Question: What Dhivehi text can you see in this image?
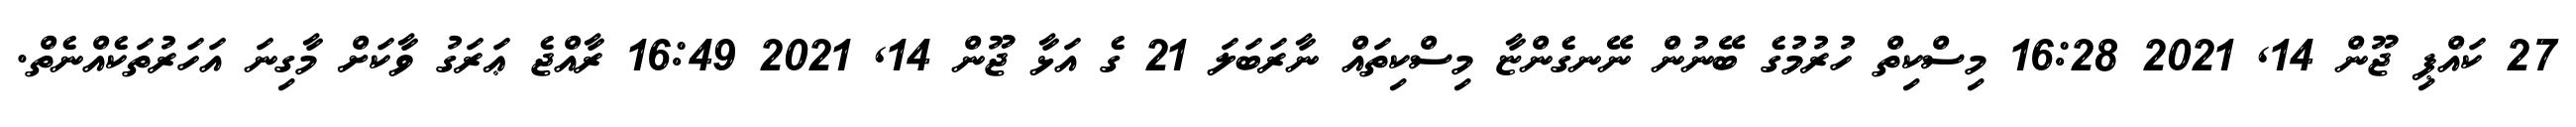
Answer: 27 ކައްޕި ޖޫން 14, 2021 16:28 މިސްކިތް ހުރުމުގެ ބޭނުން ނޭނގެންޏާ މިސްކިތައް ނާރަބަލަ 21 ގެ އަޅާ ޖޫން 14, 2021 16:49 ރާއްޖެ ޢަރަގު ވާކަށް މާގިނަ އަހަރުތަކެއްނެތް.